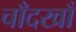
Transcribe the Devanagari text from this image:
चाँदखाँ